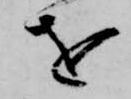
を